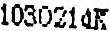
1030214K